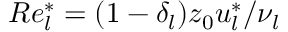
R e _ { l } ^ { * } = ( 1 - \delta _ { l } ) z _ { 0 } u _ { l } ^ { * } / \nu _ { l }